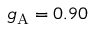
g _ { \mathrm { A } } = 0 . 9 0